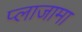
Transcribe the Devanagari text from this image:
प्लाजामा